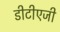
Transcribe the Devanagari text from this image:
डीटीएजी